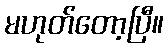
မဟုတ်တော့ပြီ။